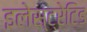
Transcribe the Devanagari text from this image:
इलेस्‍ट्रेटिड